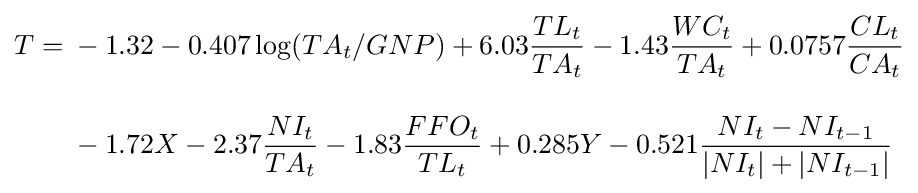
{\begin{aligned}T={}&-1.32-0.407\log(TA_{t}/GNP)+6.03{\frac {TL_{t}}{TA_{t}}}-1.43{\frac {WC_{t}}{TA_{t}}}+0.0757{\frac {CL_{t}}{CA_{t}}}\\[10pt]&{}-1.72X-2.37{\frac {NI_{t}}{TA_{t}}}-1.83{\frac {FFO_{t}}{TL_{t}}}+0.285Y-0.521{\frac {NI_{t}-NI_{t-1}}{|NI_{t}|+|NI_{t-1}|}}\end{aligned}}